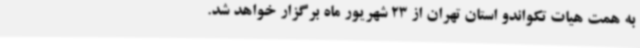
به همت هیات تکواندو استان تهران از 23 شهریور ماه برگزار خواهد شد.